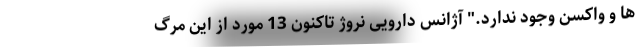
ها و واکسن وجود ندارد." آژانس دارویی نروژ تاکنون 13 مورد از این مرگ